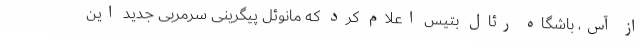
از آس، باشگاه رئال بتیس اعلام کرد که مانوئل پیگرینی سرمربی جدید این